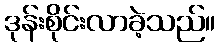
ဒုန်းစိုင်းလာခဲ့သည်။